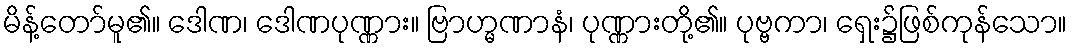
မိန့်တော်မူ၏။ ဒေါဏ၊ ဒေါဏပုဏ္ဏား။ ဗြာဟ္မဏာနံ၊ ပုဏ္ဏားတို့၏။ ပုဗ္ဗကာ၊ ရှေး၌ဖြစ်ကုန်သော။